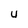
Character: 4